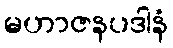
မဟာဇနပဒါနံ